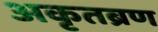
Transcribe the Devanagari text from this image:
अकृतब्रण